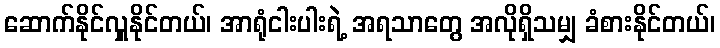
ဆောက်နိုင်လှူနိုင်တယ်၊ အာရုံငါးပါးရဲ့ အရသာတွေ အလိုရှိသမျှ ခံစားနိုင်တယ်၊